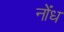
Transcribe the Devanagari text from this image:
नोंध